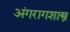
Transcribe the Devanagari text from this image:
अंगरागशास्त्र